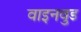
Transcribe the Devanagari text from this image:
वाइनवुड